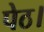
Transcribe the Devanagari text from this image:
पेठ।